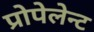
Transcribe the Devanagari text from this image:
प्रोपेलेन्ट